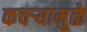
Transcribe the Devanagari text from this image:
कचऱ्यामुळे